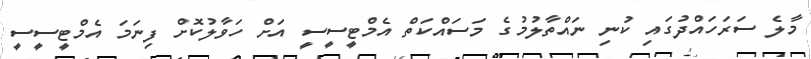
މާލެ ސަރަހައްދުގައި ކުނި ނައްތާލުމުގެ މަސައްކަތް އެމްޓީސީސީ އަށް ހަވާލުކޮށް ފިނަމަ އެމްޓީސީސީ